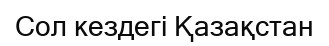
Сол кездегі Қазақстан